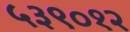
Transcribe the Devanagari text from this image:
५३९०१२